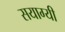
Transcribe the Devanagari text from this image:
सयाग्यी